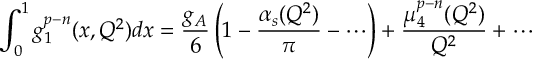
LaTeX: \int _ { 0 } ^ { 1 } g _ { 1 } ^ { p - n } ( x , Q ^ { 2 } ) d x = { \frac { g _ { A } } { 6 } } \left( 1 - { \frac { \alpha _ { s } ( Q ^ { 2 } ) } { \pi } } - \cdots \right) + { \frac { \mu _ { 4 } ^ { p - n } ( Q ^ { 2 } ) } { Q ^ { 2 } } } + \cdots